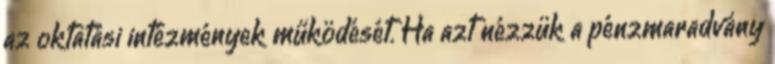
az oktatási intézmények működését. Ha azt nézzük a pénzmaradvány